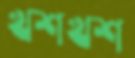
খশখশ